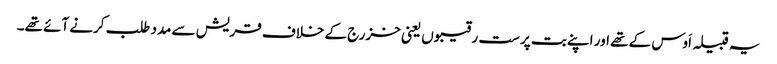
یہ قبیلہ اَوس کے تھے اور اپنے بت پرست رقیبوں یعنی خزرج کے خلاف قریش سے مدد طلب کرنے آئے تھے۔